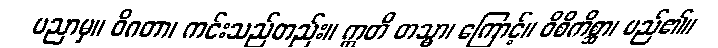
ပညာမှ။ ဝိဂတာ၊ ကင်းသည်တည်း။ ဣတိ တသ္မာ၊ ကြောင့်။ ဝိစိကိစ္ဆာ၊ မည်၏။